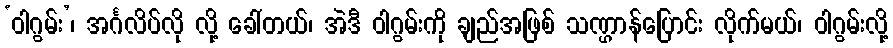
‘ဝါဂွမ်း’၊ အင်္ဂလိပ်လို လို့ ခေါ်တယ်၊ အဲဒီ ဝါဂွမ်းကို ချည်အဖြစ် သဏ္ဌာန်ပြောင်း လိုက်မယ်၊ ဝါဂွမ်းလို့